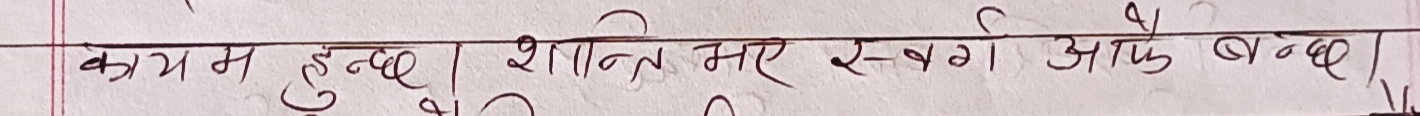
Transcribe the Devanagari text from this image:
कायम हुन्‌छ। शान्ति भए स्व-र्ग आफै बन्‌छ।